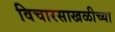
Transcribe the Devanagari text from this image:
विचारसाखळीच्या